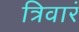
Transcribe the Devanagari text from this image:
त्रिवारं